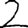
Digit: 2